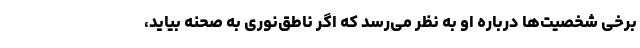
برخی شخصیت‌ها درباره او به نظر می‌رسد که اگر ناطق‌نوری به صحنه بیاید،